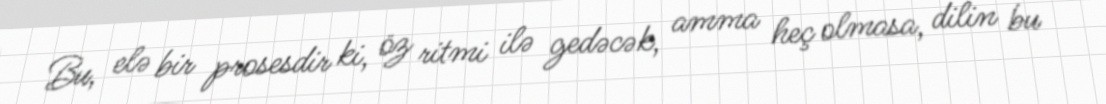
Bu, elə bir prosesdir ki, öz ritmi ilə gedəcək, amma heç olmasa, dilin bu